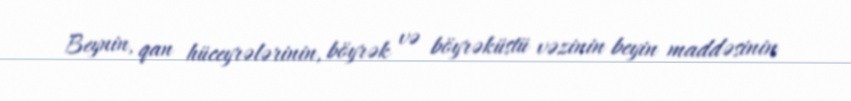
Beynin, qan hüceyrələrinin, böyrək və böyrəküstü vəzinin beyin maddəsinin